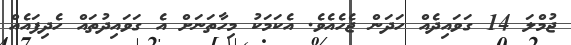
ޖުމްލަ 14 ގަވައިދެއް ހަދަން ޖެހެއެވެ. އެކަމަކު މިހާތަނަށް އެ ގަވައިދުތައް ހެދިފައެއް